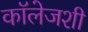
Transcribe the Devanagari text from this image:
कॉलेजशी